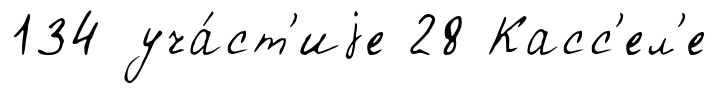
134 уча́ст'иjе 28 Касс'ел'е